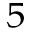
^ 5